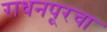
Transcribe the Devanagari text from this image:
राधनपूरचा